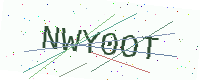
Text: NWY0OT